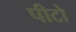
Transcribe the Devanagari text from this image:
पीटो